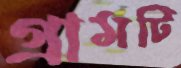
গ্রামটি